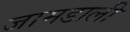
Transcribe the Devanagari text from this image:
जामडाली